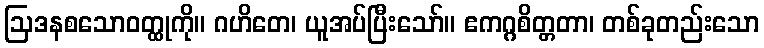
ဩဒနစသောဝတ္ထုကို။ ဂဟိတေ၊ ယူအပ်ပြီးသော်။ ဧကဂ္ဂစိတ္တတာ၊ တစ်ခုတည်းသော